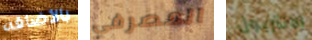
بالأضافه المصرفي الانتربول